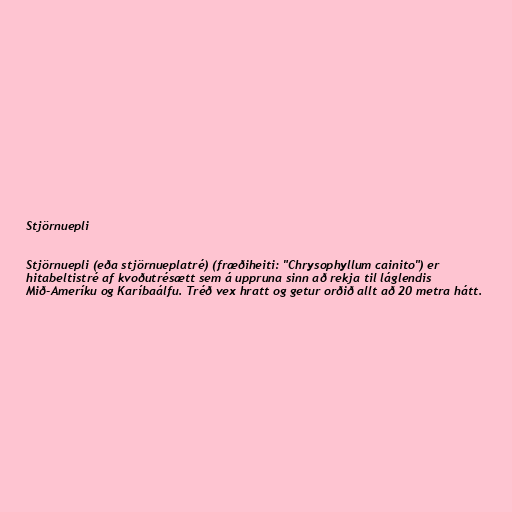
Stjörnuepli

Stjörnuepli (eða stjörnueplatré) (fræðiheiti: "Chrysophyllum cainito") er
hitabeltistré af kvoðutrésætt sem á uppruna sinn að rekja til láglendis
Mið-Ameríku og Karíbaálfu. Tréð vex hratt og getur orðið allt að 20 metra hátt.